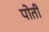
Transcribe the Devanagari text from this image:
पोतीं